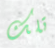
تلك